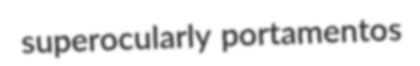
superocularly portamentos